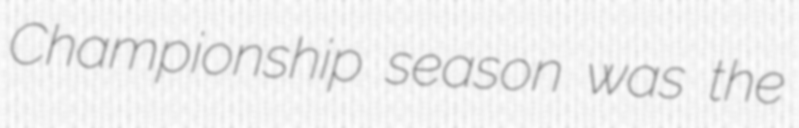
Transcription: Championship season was the